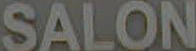
SALON